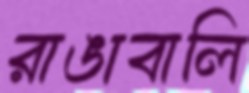
রাঙাবালি